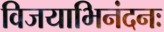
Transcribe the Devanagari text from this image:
विजयाभिनंदनः